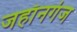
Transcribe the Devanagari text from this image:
जहाँनगंज